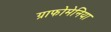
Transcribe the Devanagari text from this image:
ग्राफोमेनिया